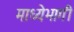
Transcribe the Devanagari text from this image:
माध्येभागी